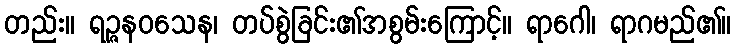
တည်း။ ရဉ္ဇနဝသေန၊ တပ်စွဲခြင်း၏အစွမ်းကြောင့်။ ရာဂေါ၊ ရာဂမည်၏။